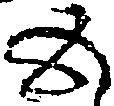
五